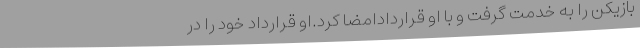
بازیکن را به خدمت گرفت و با او قراردادامضا کرد.او قرارداد خود را در